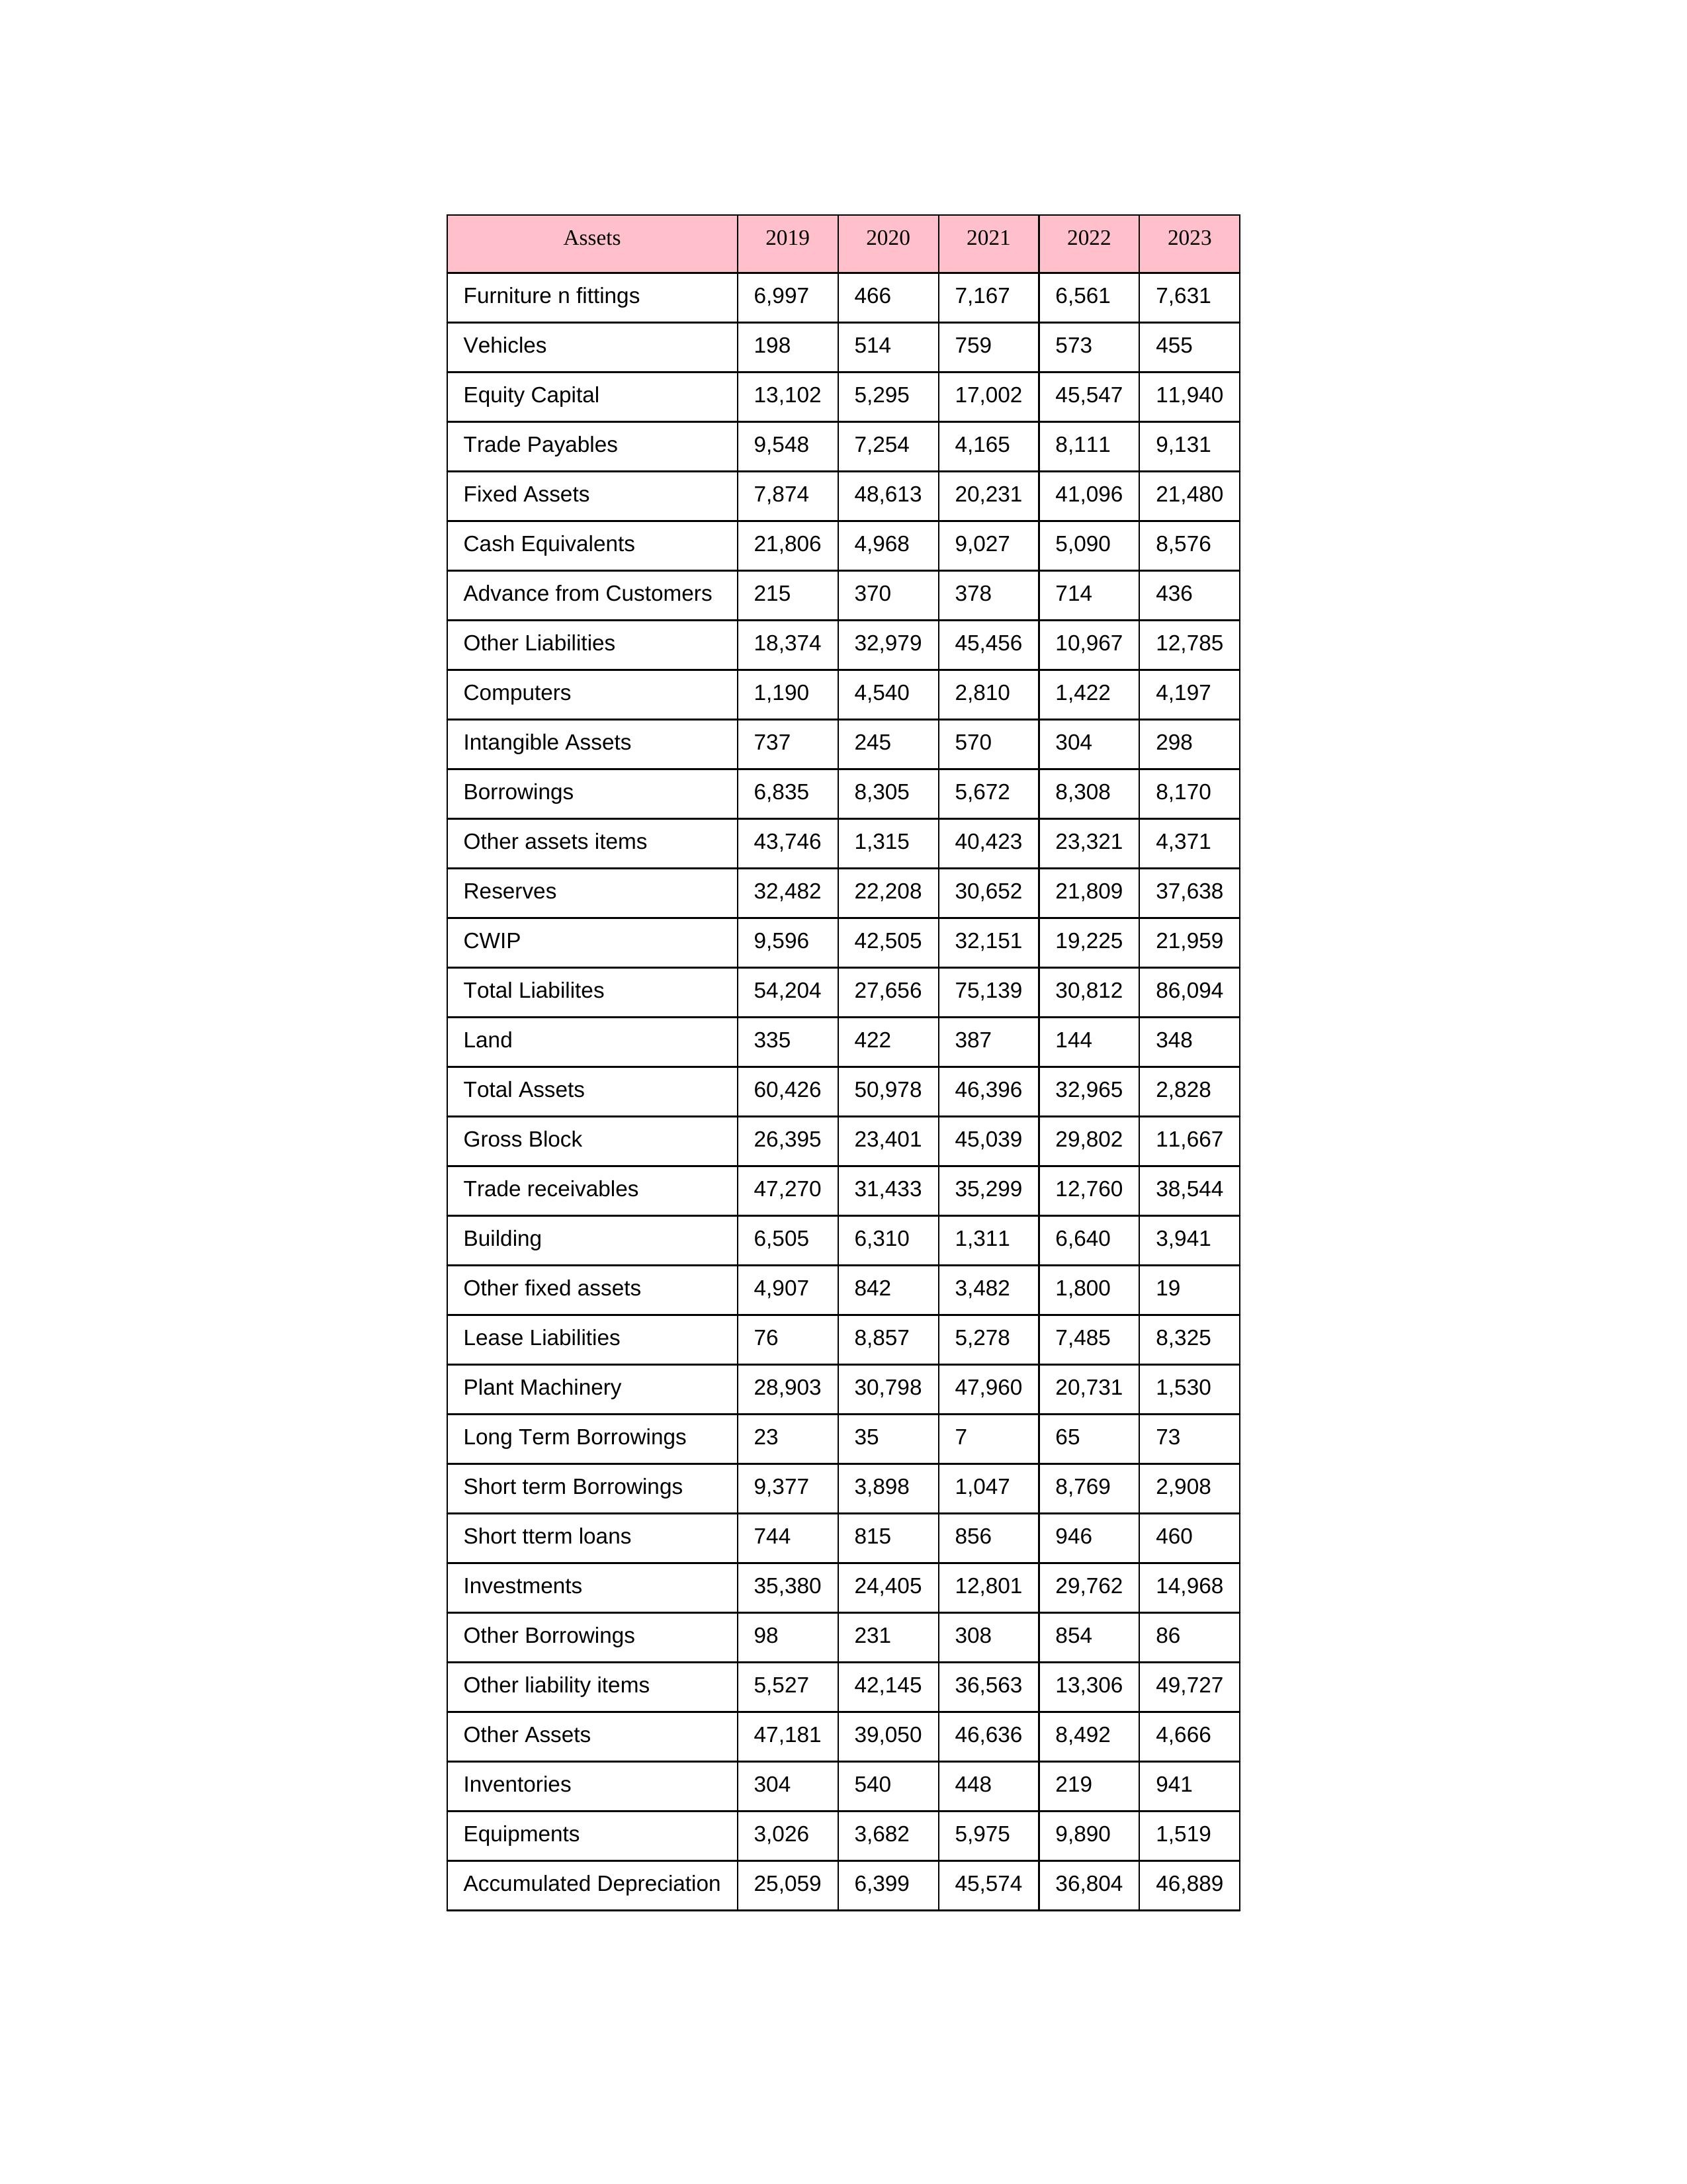
gt_parse: 2019: Equity Capital: 13,102
Reserves: 32,482
Borrowings: 6,835
Long Term Borrowings: 23
Short term Borrowings: 9,377
Lease Liabilities: 76
Other Borrowings: 98
Other Liabilities: 18,374
Trade Payables: 9,548
Advance from Customers: 215
Other liability items: 5,527
Total Liabilites: 54,204
Fixed Assets: 7,874
Land: 335
Building: 6,505
Plant Machinery: 28,903
Equipments: 3,026
Computers: 1,190
Furniture n fittings: 6,997
Vehicles: 198
Intangible Assets: 737
Other fixed assets: 4,907
Gross Block: 26,395
Accumulated Depreciation: 25,059
CWIP: 9,596
Investments: 35,380
Other Assets: 47,181
Inventories: 304
Trade receivables: 47,270
Cash Equivalents: 21,806
Short tterm loans: 744
Other assets items: 43,746
Total Assets: 60,426
2020: Equity Capital: 5,295
Reserves: 22,208
Borrowings: 8,305
Long Term Borrowings: 35
Short term Borrowings: 3,898
Lease Liabilities: 8,857
Other Borrowings: 231
Other Liabilities: 32,979
Trade Payables: 7,254
Advance from Customers: 370
Other liability items: 42,145
Total Liabilites: 27,656
Fixed Assets: 48,613
Land: 422
Building: 6,310
Plant Machinery: 30,798
Equipments: 3,682
Computers: 4,540
Furniture n fittings: 466
Vehicles: 514
Intangible Assets: 245
Other fixed assets: 842
Gross Block: 23,401
Accumulated Depreciation: 6,399
CWIP: 42,505
Investments: 24,405
Other Assets: 39,050
Inventories: 540
Trade receivables: 31,433
Cash Equivalents: 4,968
Short tterm loans: 815
Other assets items: 1,315
Total Assets: 50,978
2021: Equity Capital: 17,002
Reserves: 30,652
Borrowings: 5,672
Long Term Borrowings: 7
Short term Borrowings: 1,047
Lease Liabilities: 5,278
Other Borrowings: 308
Other Liabilities: 45,456
Trade Payables: 4,165
Advance from Customers: 378
Other liability items: 36,563
Total Liabilites: 75,139
Fixed Assets: 20,231
Land: 387
Building: 1,311
Plant Machinery: 47,960
Equipments: 5,975
Computers: 2,810
Furniture n fittings: 7,167
Vehicles: 759
Intangible Assets: 570
Other fixed assets: 3,482
Gross Block: 45,039
Accumulated Depreciation: 45,574
CWIP: 32,151
Investments: 12,801
Other Assets: 46,636
Inventories: 448
Trade receivables: 35,299
Cash Equivalents: 9,027
Short tterm loans: 856
Other assets items: 40,423
Total Assets: 46,396
2022: Equity Capital: 45,547
Reserves: 21,809
Borrowings: 8,308
Long Term Borrowings: 65
Short term Borrowings: 8,769
Lease Liabilities: 7,485
Other Borrowings: 854
Other Liabilities: 10,967
Trade Payables: 8,111
Advance from Customers: 714
Other liability items: 13,306
Total Liabilites: 30,812
Fixed Assets: 41,096
Land: 144
Building: 6,640
Plant Machinery: 20,731
Equipments: 9,890
Computers: 1,422
Furniture n fittings: 6,561
Vehicles: 573
Intangible Assets: 304
Other fixed assets: 1,800
Gross Block: 29,802
Accumulated Depreciation: 36,804
CWIP: 19,225
Investments: 29,762
Other Assets: 8,492
Inventories: 219
Trade receivables: 12,760
Cash Equivalents: 5,090
Short tterm loans: 946
Other assets items: 23,321
Total Assets: 32,965
2023: Equity Capital: 11,940
Reserves: 37,638
Borrowings: 8,170
Long Term Borrowings: 73
Short term Borrowings: 2,908
Lease Liabilities: 8,325
Other Borrowings: 86
Other Liabilities: 12,785
Trade Payables: 9,131
Advance from Customers: 436
Other liability items: 49,727
Total Liabilites: 86,094
Fixed Assets: 21,480
Land: 348
Building: 3,941
Plant Machinery: 1,530
Equipments: 1,519
Computers: 4,197
Furniture n fittings: 7,631
Vehicles: 455
Intangible Assets: 298
Other fixed assets: 19
Gross Block: 11,667
Accumulated Depreciation: 46,889
CWIP: 21,959
Investments: 14,968
Other Assets: 4,666
Inventories: 941
Trade receivables: 38,544
Cash Equivalents: 8,576
Short tterm loans: 460
Other assets items: 4,371
Total Assets: 2,828